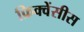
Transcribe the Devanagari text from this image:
फ्रिक्वेंसीस